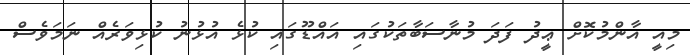
މިއީ އާންމުކޮށް ޢީދު ފަދަ މުނާސަބާތަކުގައި އައްޑޫގައި ކުޅެ އުޅުނު ކުޅިވަރެއް ނަމަވެސް